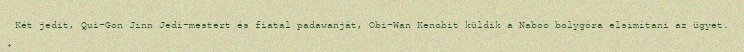
Két jedit, Qui-Gon Jinn Jedi-mestert és fiatal padawanját, Obi-Wan Kenobit küldik a Naboo bolygóra elsimítani az ügyet.